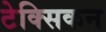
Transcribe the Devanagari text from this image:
टेक्सिकन